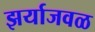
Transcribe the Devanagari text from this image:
झर्याजवळ